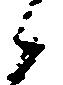
候